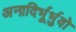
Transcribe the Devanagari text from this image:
अनादिर्भूर्भुवो